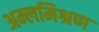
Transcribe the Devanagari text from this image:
अम्लमिश्रण